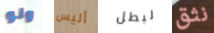
ولو أليس لبطل نثق